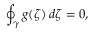
\oint _ { \gamma } g ( \zeta ) \, d \zeta = 0 ,